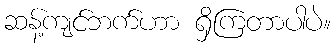
ဆန့်ကျင်ဘက်ဟာ ရှိကြတာပါပဲ။